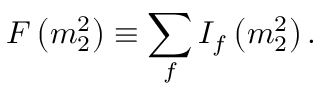
F \left( m _ { 2 } ^ { 2 } \right) \equiv \sum _ { f } I _ { f } \left( m _ { 2 } ^ { 2 } \right) .